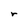
Character: r